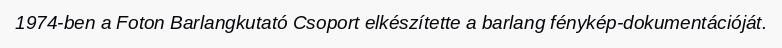
1974-ben a Foton Barlangkutató Csoport elkészítette a barlang fénykép-dokumentációját.